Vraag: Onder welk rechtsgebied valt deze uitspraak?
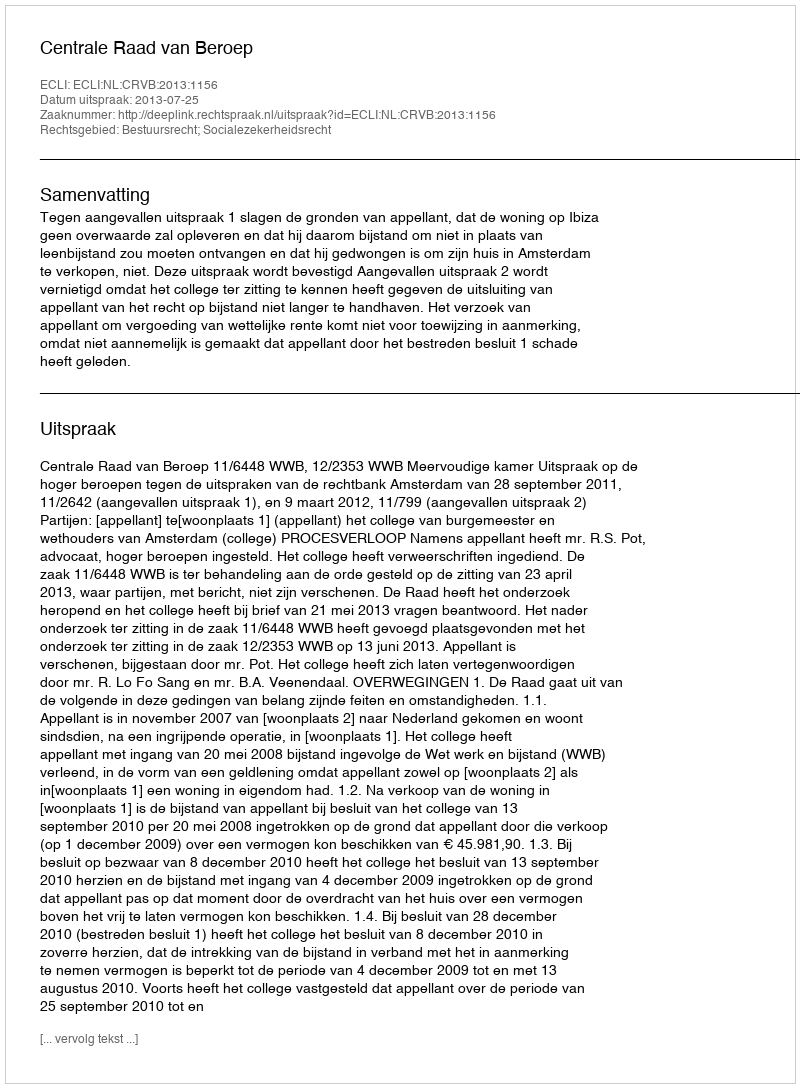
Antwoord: Bestuursrecht; Socialezekerheidsrecht